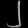
Digit: ၂